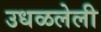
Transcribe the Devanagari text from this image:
उधळलेली